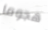
هجوما